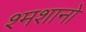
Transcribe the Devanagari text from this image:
श्मशानो